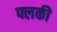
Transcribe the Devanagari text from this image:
फ्लकी